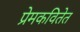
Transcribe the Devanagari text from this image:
प्रेमकवितेत